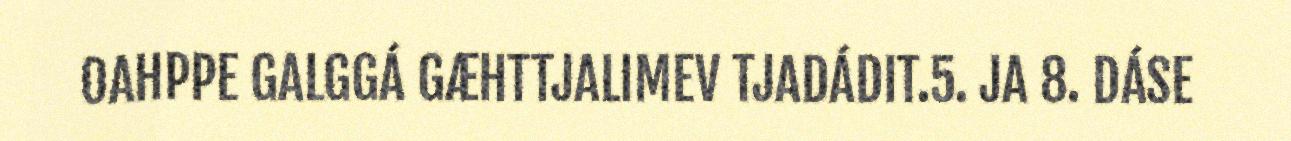
OAHPPE GALGGÁ GÆHTTJALIMEV TJADÁDIT.5. JA 8. DÁSE